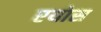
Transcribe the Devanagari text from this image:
एयोस